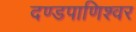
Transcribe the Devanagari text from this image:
दण्‍डपाणिश्‍वर